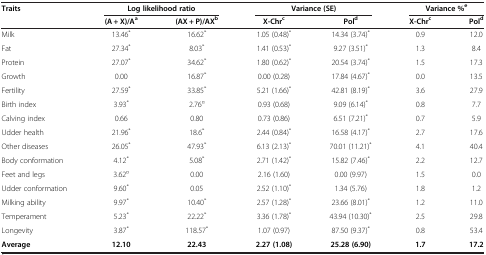
<table><thead><tr><td rowspan="2"><b>Traits</b></td><td colspan="2"><b>Log likelihood ratio</b></td><td colspan="2"><b>Variance (SE)</b></td><td colspan="2"><b>Variance %<sup>e</sup></b></td></tr><tr><td><b>(A + X)/A<sup>a</sup></b></td><td><b>(AX + P)/AX<sup>b</sup></b></td><td><b>X-Chr<sup>c</sup></b></td><td><b>Pol<sup>d</sup></b></td><td><b>X-Chr<sup>c</sup></b></td><td><b>Pol<sup>d</sup></b></td></tr></thead><tbody><tr><td>Milk</td><td>13.46<sup>*</sup></td><td>16.62<sup>*</sup></td><td>1.05 (0.48)<sup>*</sup></td><td>14.34 (3.74)<sup>*</sup></td><td>0.9</td><td>12.0</td></tr><tr><td>Fat</td><td>27.34<sup>*</sup></td><td>8.03<sup>*</sup></td><td>1.41 (0.53)<sup>*</sup></td><td>9.27 (3.51)<sup>*</sup></td><td>1.3</td><td>8.4</td></tr><tr><td>Protein</td><td>27.07<sup>*</sup></td><td>34.62<sup>*</sup></td><td>1.80 (0.62)<sup>*</sup></td><td>20.54 (3.74)<sup>*</sup></td><td>1.5</td><td>17.3</td></tr><tr><td>Growth</td><td>0.00</td><td>16.87<sup>*</sup></td><td>0.00 (0.28)</td><td>17.84 (4.67)<sup>*</sup></td><td>0.0</td><td>13.5</td></tr><tr><td>Fertility</td><td>27.59<sup>*</sup></td><td>33.85<sup>*</sup></td><td>5.21 (1.66)<sup>*</sup></td><td>42.81 (8.19)<sup>*</sup></td><td>3.6</td><td>27.9</td></tr><tr><td>Birth index</td><td>3.93<sup>*</sup></td><td>2.76<sup>¤</sup></td><td>0.93 (0.68)</td><td>9.09 (6.14)<sup>*</sup></td><td>0.8</td><td>7.7</td></tr><tr><td>Calving index</td><td>0.66</td><td>0.80</td><td>0.73 (0.86)</td><td>6.51 (7.21)<sup>*</sup></td><td>0.7</td><td>5.9</td></tr><tr><td>Udder health</td><td>21.96<sup>*</sup></td><td>18.6<sup>*</sup></td><td>2.44 (0.84)<sup>*</sup></td><td>16.58 (4.17)<sup>*</sup></td><td>2.7</td><td>17.6</td></tr><tr><td>Other diseases</td><td>26.05<sup>*</sup></td><td>47.93<sup>*</sup></td><td>6.13 (2.13)<sup>*</sup></td><td>70.01 (11.21)<sup>*</sup></td><td>4.1</td><td>40.4</td></tr><tr><td>Body conformation</td><td>4.12<sup>*</sup></td><td>5.08<sup>*</sup></td><td>2.71 (1.42)<sup>*</sup></td><td>15.82 (7.46)<sup>*</sup></td><td>2.2</td><td>12.7</td></tr><tr><td>Feet and legs</td><td>3.62<sup>¤</sup></td><td>0.00</td><td>2.16 (1.60)</td><td>0.00 (9.97)</td><td>1.5</td><td>0.0</td></tr><tr><td>Udder conformation</td><td>9.60<sup>*</sup></td><td>0.05</td><td>2.52 (1.10)<sup>*</sup></td><td>1.34 (5.76)</td><td>1.8</td><td>1.2</td></tr><tr><td>Milking ability</td><td>9.97<sup>*</sup></td><td>10.40<sup>*</sup></td><td>2.57 (1.28)<sup>*</sup></td><td>23.66 (8.01)<sup>*</sup></td><td>1.2</td><td>11.0</td></tr><tr><td>Temperament</td><td>5.23<sup>*</sup></td><td>22.22<sup>*</sup></td><td>3.36 (1.78)<sup>*</sup></td><td>43.94 (10.30)<sup>*</sup></td><td>2.5</td><td>29.8</td></tr><tr><td>Longevity</td><td>3.87<sup>*</sup></td><td>118.57<sup>*</sup></td><td>1.07 (0.97)</td><td>87.50 (9.37)<sup>*</sup></td><td>0.8</td><td>53.4</td></tr><tr><td><b>Average</b></td><td><b>12.10</b></td><td><b>22.43</b></td><td><b>2.27 (1.08)</b></td><td><b>25.28 (6.90)</b></td><td><b>1.7</b></td><td><b>17.2</b></td></tr></tbody></table>